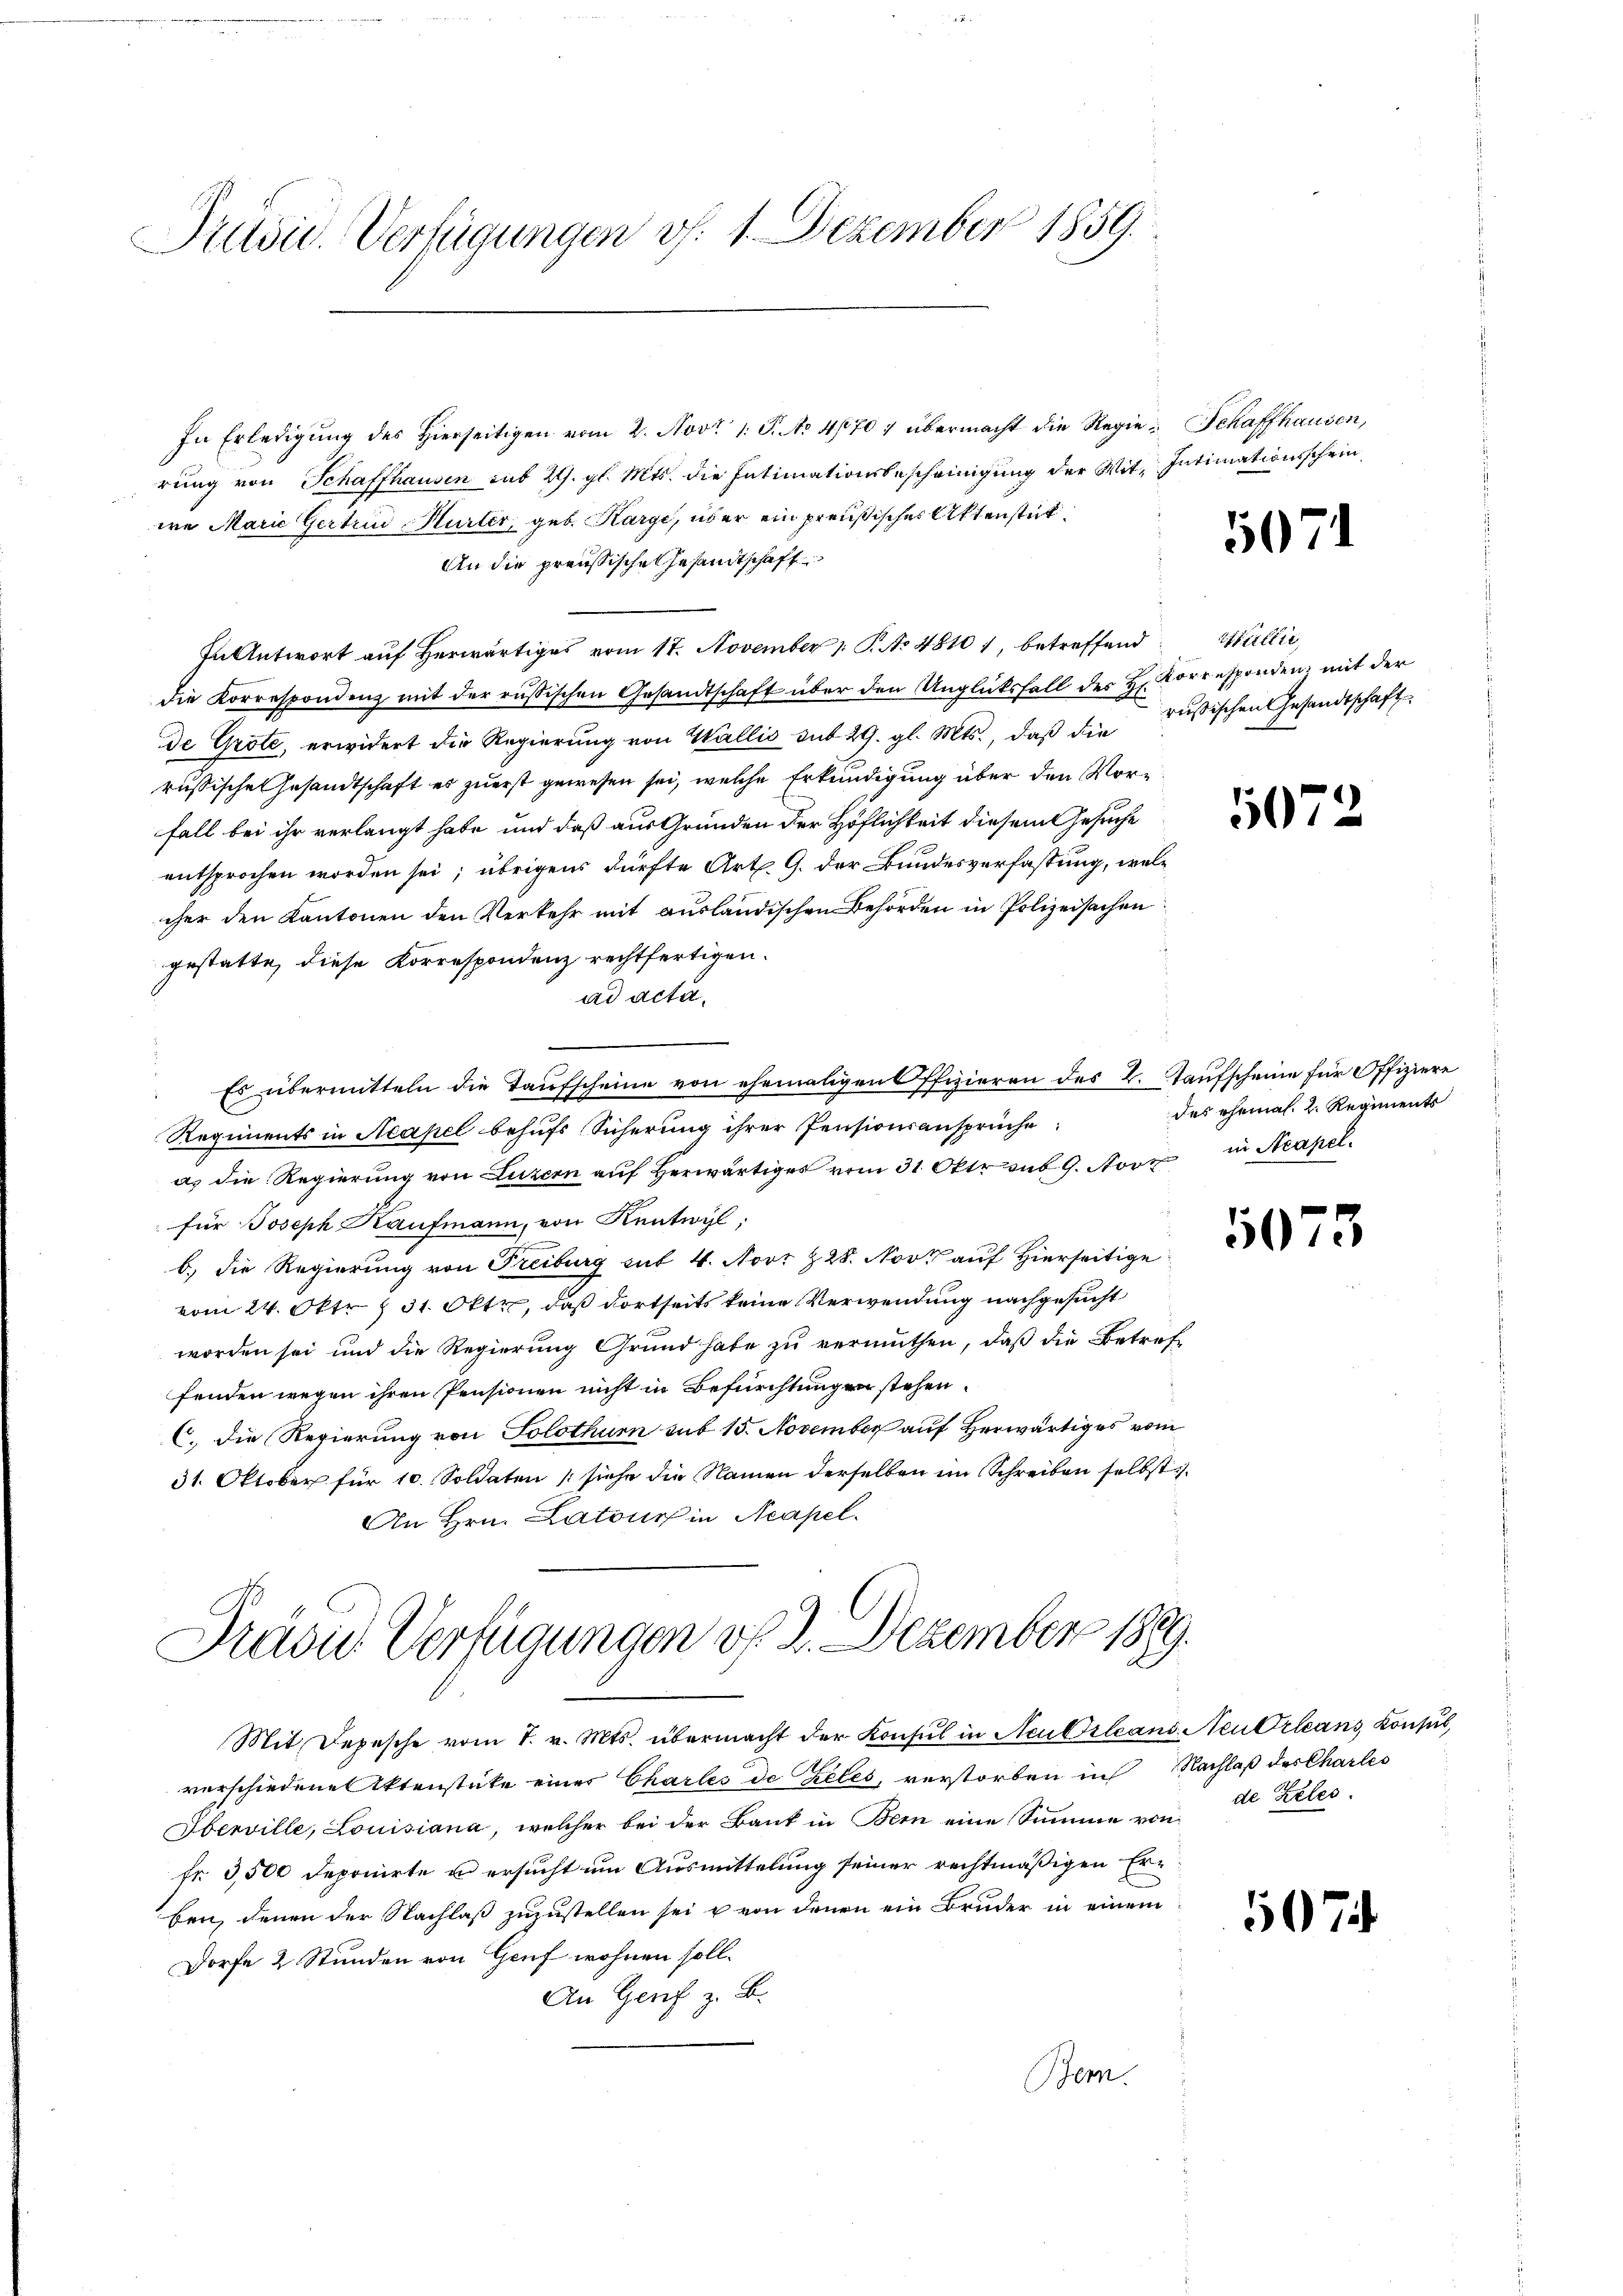
Judic. Verfügungen v. 1. Dezember 1859.

In Erledigŭng des hierseitigen vom 2. Nov. 1. P. No 41707 übermacht die Regie-Schaffhausen,
rŭng von Schaffhausen sub 29. gl. Mts. die Intimationsbescheinigŭng der Mit Intimationsschein-
we Marie Gertrin Hurter, geb. Karge, über ein preußisches Aktenstit
An die preußische Gesandtschaft
In Antwort auf herwärtiges vom 17. November 1 S. No 48101, betreffend
die Korrespondenz mit der russischen Gesandtschaft über den Unglücksfall des H. Vorresponden, mit der
de Grote, erwidert die Regierung von Wallis sub 29. gl. Mts., daß die russischen Gesandtschaft
russische Gesandtschaft es zuerst gewesen sei, welche Erkundigung über den Vorfall bei ihr verlangt habe, und daß aus Grunden der Höflichkeit diesem Gesuche
entsprochen worden sei; übrigens dürfte Art. 9. der Bundesverfassung, welc
cher den Kantonen den Verkehr mit ausländischen Behörden in Polizeisachen
gestatte, diese Korrespondenz rechtfertigen.
ad acta.
Es übermitteln die Taufscheine von ehemaligen Offizieren des L. Kaufscheine für Offiziere
Regiments in Neapel behufs Sicherung ihrer Pensionsansprüche
a. die Regierung von Luzern auf herwärtiges vom 31. Oktob. 9. Nov
für Joseph Kaufmann, von Kentwyl,
b.) die Regierung von Freiburg mit 4. Novz Z 28. Nov. auf Hierseitige
vom 24. Oktr § 31. Okt, daß dortseits keine Verwendung nachgesucht
worden sei und die Regierung Grund habe zu vermuthen, daß die Betreffenden wegen ihren Pensionen nicht in Befürchtungen stehen.
C. die Regierung von Solothurn sub 15. November auf herwärtiges vom
31. Oktober für 10. Soldaten (siehe die Namen derselben im Schreiben selbst
An Hrn. Latons in Neapel.
Prädie Verfügungen v. 2. Dezember 1889.
Mit Depesche vom 7. v. Mts. übermacht der Konsul in Neu Orleans. Neutrleans Konsul
verschiedene Aktenstücke einer Charles de teles, verstorben in Nachlaß des Charles
Oberville, Louisiana, welcher bei der Bank in Bern eine Summe von
fr 3,500 deponirte un ersucht um Ausmittelung seiner rechtmäßigen Erben, denen der Nachlaß zuzustellen sei u von denen ein Bruder in einem
Dorfe 2 Stunden von Genf wohnen soll.
An Genf z. B.
Bem.

1071

Mullie

1072

des ehemal. 2. Regiments
in Neapel.

5073

507

de Zeles.